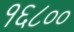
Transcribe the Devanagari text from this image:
१६८००